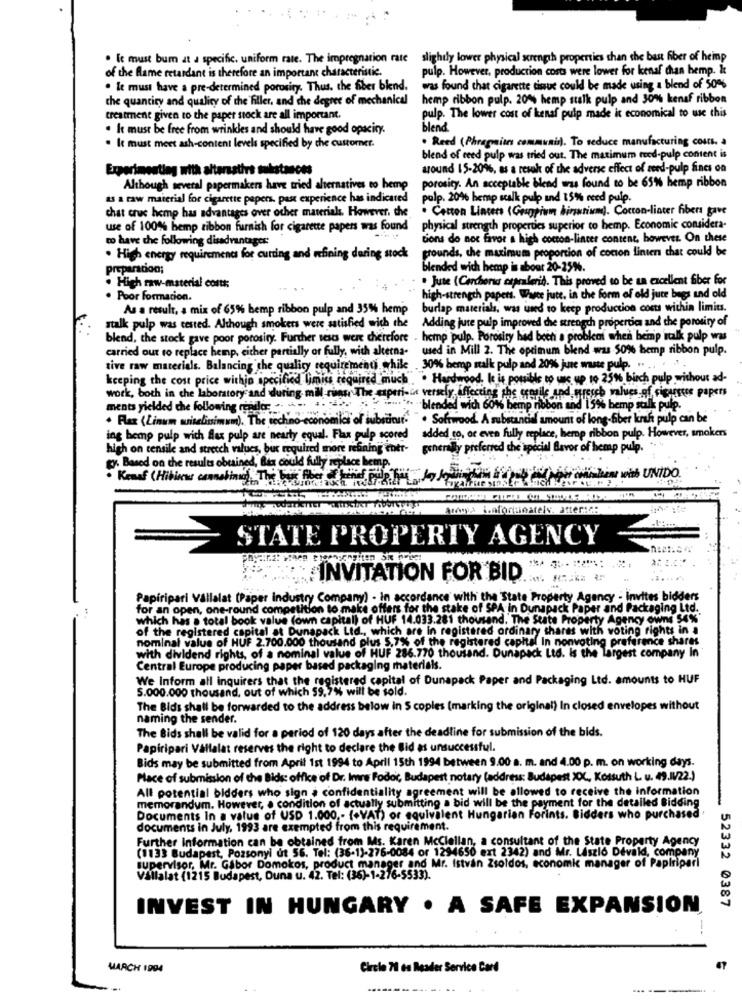
. It must bum at a specific. uniform rate. The impregnation rate
slightly lower physical strength properties than the best fiber of heimp
of the flame retardant is therefore an important characteristic.
pulp. However, production costs were lower for kenaf chan hemp. &
. It must have a pre-determined porosity. Thus, the fiber blend.
was found that cigarette tissue could be made using a blend of 50%
the quantity and quality of the filler, and the degree of mechanical
hemp ribbon pulp. 20% hemp stalk pulp and 30%% kenaf ribbon
pulp. The lower cost of kenaf pulp made it economical to use this
treatment given to the paper stock are all important.
. k must be free from wrinkles and should have good opacity.
blend
. Reed (Phragion communis). To reduce manufacturing couts. a
. It must meet ash-content levels specified by the custorner.
blend of ceed pulp was tried out. The matimum reed-pulp content is
Experimenting with altersstirs substances
wound 15-20%, as a result of the adverse effect of seed-pulp Sincs on
Although several papermakers have tried alternatives to hemp
porosity. An acceptable blend was found to be 65% hemp ribbon
as a raw material for cigarette papers, past experience has indicated
palp. 20% hemp scalk pulp and 15% need pulp.
chat cruc hemp has advantages over ocher materials. However, the
. Carton Lincers (Gruppiwm birtium). Cotton-liater fibers gave
use of 100% hemp ribbon furnish for cigarette papers was found
physical strength properties superior to hemp. Economic considera-
to have the following disadvantages:
tions do not favor a high cocron-lincer content, however. On these
grounds, the maximum proportion of cocon linien that could be
. High energy requirements for cutting and whining daring stock
preparacion;
blended with hemp is about 20-25%.
.Jute (Cerchers capralerid. This proved to be un excellent fiber for
. High raw-material costs:
. Poor Formacion.
high-strength papers. Wauce jute, in the form of old jute bugs and old
As a result, a mix of 65% bemp ribbon pulp and 35% hemp
burlap materials, was used to keep production costs within limits.
Adding jure pulp improved the strength properties and the porosity of
stalk pulp was tested. Although smokers were satisfied with the
blend, the stock gave poor porosity. Further tests were therefore - hemp pulp. Porosity had been a problem when hemp italk pulp was
carried out to replace hemp, either partially or fully, with alterna-
used in Mill 2. The optimum blend was 50% hemp ribbon pulp.
tive raw materials. Balancing the quality requirements while .30%% hemp malk pulp and 20% jure waste pulp. .. ..
keeping the cost price within specified limits required much . Hardwood, It is possible to use up to 25%% birch pulp without ad-
work, both in che laboratory and during. mill runs, The esperi-de versely affecting the oregile und wurstch values of cigarette papers
ments yielded the following render -- --. .. .
··· blended wich 60%% hemp nobon and 1 5% bemp salk pulp.
. Flax (Linum writelissimam). The techno economics of substitut. ". Softwood A substandid
bestand amount of long-fiber krah pulp can be
ing hemp pulp with flex pulp are nearly equal. Flax pulp scored
added to, or even fully replace, hemop ribbon pulp. However, smokers
high on tensile and stretch values, bux required more refining entr-
generally preferred the special Bavor of hemp pulp.
Ex. Based on the results obtained, Bis could fully replace hemp.
Areosa i.afortunately. atter:c:
STATE PROPERTY AGENCY
INVITATION FOR BID
Papiripari Vállalat (Paper industry Company) - In accordance with the State Property Agency - Invites bidders
for an open, one-round competition to make offers for the stake of SPA in Dunapack Paper and Packaging Ltd.
which has . total book value (own capital) of HUF 14.033.281 thousand. The State Property Agency owns 54%"
of the registered capital at Dunapack Ltd ., which are In registered ordinary shares with voting rights in a
nominal value of HUF 2.700.000 thousand plus 5.7%% of the registered capital In nonvoting preference shares
with dividend rights, of a nominal value of HUF 286.770 thousand. Dunapack Ltd. is the largest company In
Central Europe producing paper based packaging materials.
We Inform all inquirers that the registered capital of Dunapack Paper and Packaging Ltd. amounts to HUF
5.000.000 thousand, out of which 59,7% will be sold.
The Bids shall be forwarded to the address below in $ copies (marking the original) In closed envelopes without
naming the sender.
The Bids shall be valid for a period of 120 days after the deadline for submission of the bids.
Papiripari Vállalat reserves the right to declare the Bid as unsuccessful.
Bids may be submitted from April 1st 1994 to April 15th 1994 between 9.00 a. m. and 4.00 p. m. on working days.
Place of submission of the Bids: office of Dr. Imre Fodor, Budapest notary (address: Budapest XXXX, Kossuth L u. 49.14/22.)
All potential bidders who sign . confidentiality agreement will be allowed to receive the information
memorandum. However, . condition of actually submitting a bid will be the payment for the detailed Bidding
-
Documents In a value of USD 1.000 ,- (+VAT) or equivalent Hungarian Forints. Bidders who purchased '
documents in July, 1993 are exempted from this requirement.
Further Information can be obtained from Ms. Karen Mcclellan, a consultant of the State Property Agency
(1133 Budapest, Pozsonyi út 56. Tel: (36-1)-276-0084 or 1294650 ext 2342) and Mr. László Devald, company
supervisor, Mr. Gabor Domokos, product manager and Mr. István Zsoldos, economic manager of Papiripari
Vállalat (1215 Budapest, Duna u. 42. Tel: (36)-1-276-5533).
INVEST IN HUNGARY . A SAFE EXPANSION
52332 0387
MARCH 1994
Circle 71 es Reader Service Card